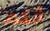
أنكم